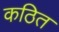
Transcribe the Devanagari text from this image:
कठित